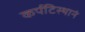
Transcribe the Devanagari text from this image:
कर्पटिस्थानं